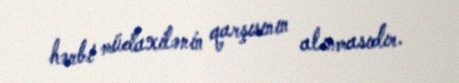
hərbi müdaxilənin qarşısının alınmasıdır.